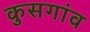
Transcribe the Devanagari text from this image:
कुसगांव